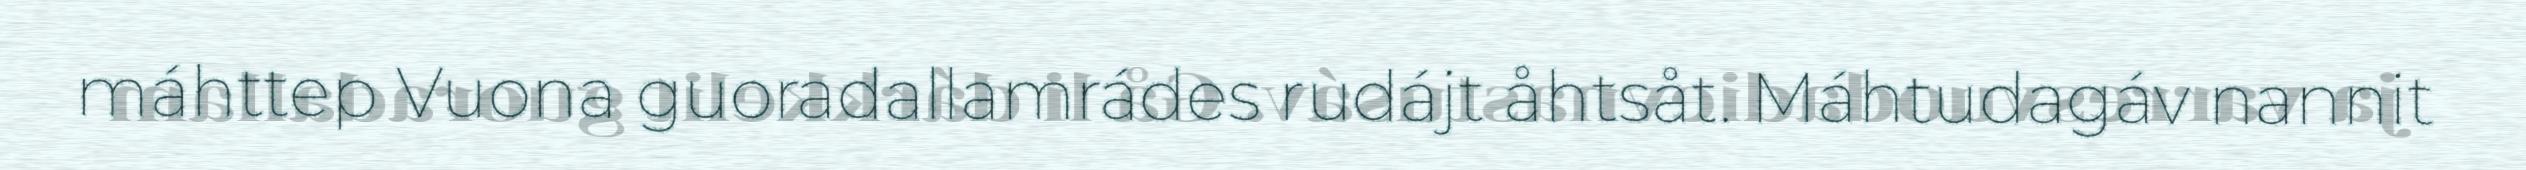
máhttep Vuona guoradallamrádes rudájt åhtsåt. Máhtudagáv nannit